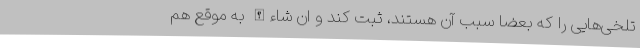
تلخی‌هایی را که بعضا سبب آن هستند، ثبت کند و ان شاءالله به موقع هم